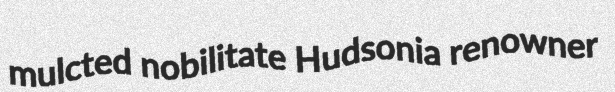
mulcted nobilitate Hudsonia renowner